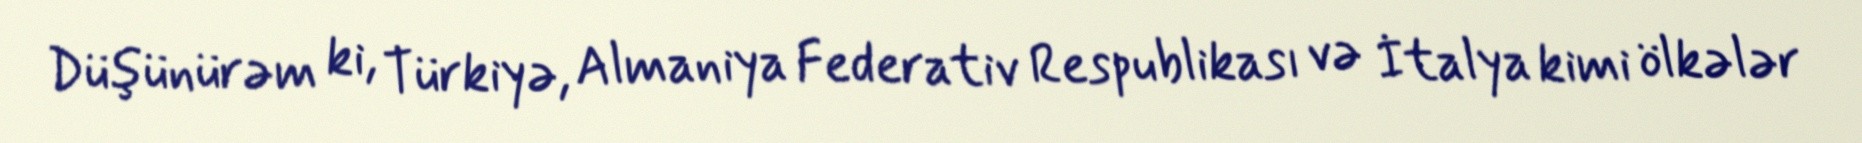
Düşünürəm ki, Türkiyə, Almaniya Federativ Respublikası və İtalya kimi ölkələr